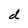
Character: d